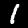
Label: 1